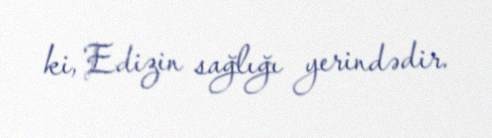
ki, Edizin sağlığı yerindədir.